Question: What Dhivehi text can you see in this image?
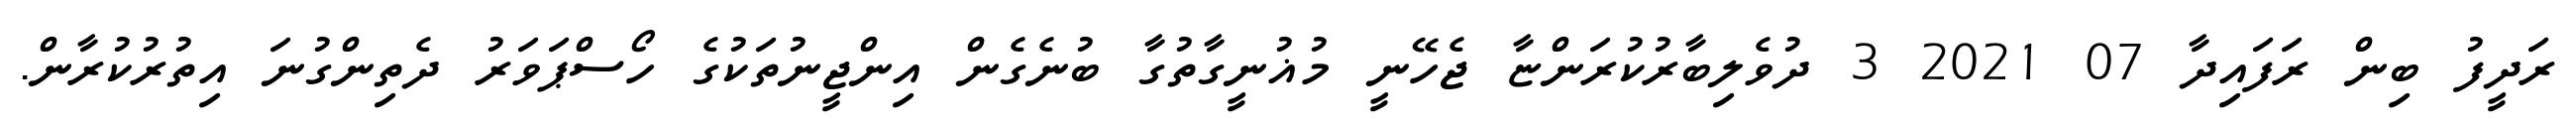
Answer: ރަދީފު ބިން ރަފައިދާ 07 2021 3 ދުވެލިބާރުކުރަންޏާ ޖެހޭނީ މުޣުނީގާތުގާ ބުނެގެން އިންޖީނުތަކުގެ ހޯސްޕަވަރު ދެތިންގުނަ އިތުރުކުރާން.